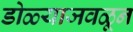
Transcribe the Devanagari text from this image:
डोळ्याजवळून